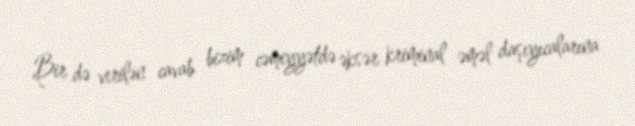
Bir də verilən cavab bizim cəmiyyətdə əksər kriminal əməl daşıyıcalarına